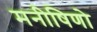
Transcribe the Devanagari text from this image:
मनीषिणो